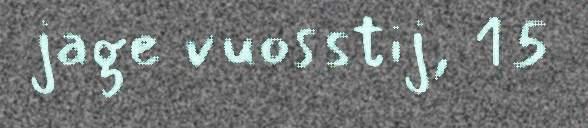
jage vuosstij, 15